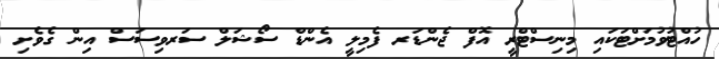
ހުއްޓުވުމަށްޓަކައި މިނިސްޓްރީ އޮފް ޖެންޑަރ ފެމިލީ އެންޑް ސޯޝަލް ސަރވިސަސް އިން ގެވެށި